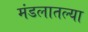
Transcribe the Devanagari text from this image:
मंडलातल्या